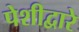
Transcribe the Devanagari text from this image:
पेशीद्वारे